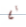
تم